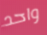
واحد